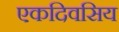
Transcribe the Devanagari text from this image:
एकदिवसिय